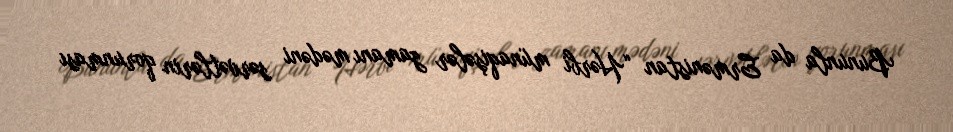
Bununla da Ermənistan “Hərbi münaqişələr zamanı mədəni sərvətlərin qorunması